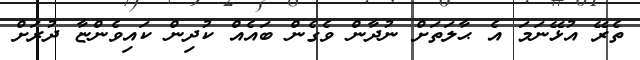
ތެރޭ އުޅޭނަމަ އެ ޙާލަތަށް ނުދާން ވެގެން ބައެއް ކުދިން ކައިވެންޏާ ދުރަށް